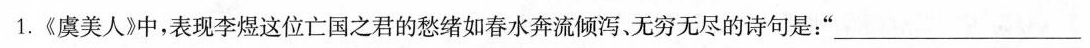
1.《虞美人》中，表现李煜这位亡国之君的愁绪如春水奔流倾泻、无穷无尽的诗句是：”___